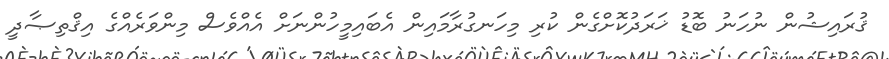
ޤުރައިޝުން ނުހަނު ބޮޑު ޚަރަދުކޮށްގެން ކުރި މިހަނގުރާމައިން އެބައިމީހުންނަށް އެއްވެސް މިންވަރެއްގެ އިޤްތިޞާދީ